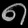
Digit: ၈